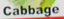
Cabbage